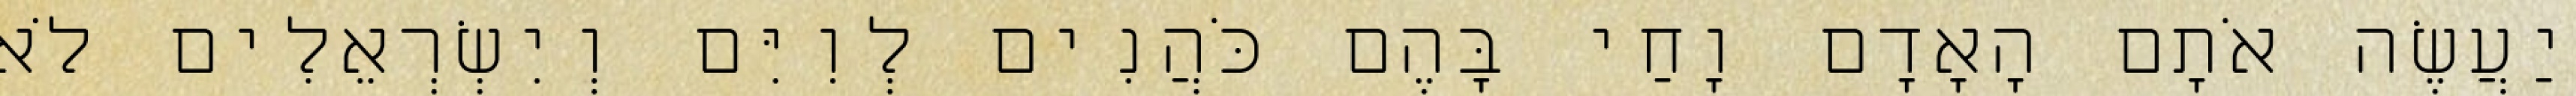
יַעֲשֶׂה אֹתָם הָאָדָם וָחַי בָּהֶם כֹּהֲנִים לְוִיִּם וְיִשְׂרְאֵלִים לֹא